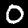
Label: 0